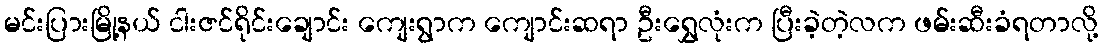
မင်းပြားမြို့နယ် ငါးဇင်ရိုင်းချောင်း ကျေးရွာက ကျောင်းဆရာ ဦးရွှေလုံးက ပြီးခဲ့တဲ့လက ဖမ်းဆီးခံရတာလို့